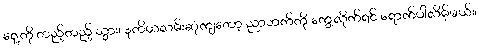
ရှေ့ကို တည့်တည့် သွား၊ ဒုတိယလမ်းဆုံကျတော့ ညာဘက်ကို ကွေ့လိုက်ရင် ရောက်ပါလိမ့်မယ်။